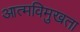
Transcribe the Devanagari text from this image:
आत्मविमुखता